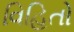
વિહિતો